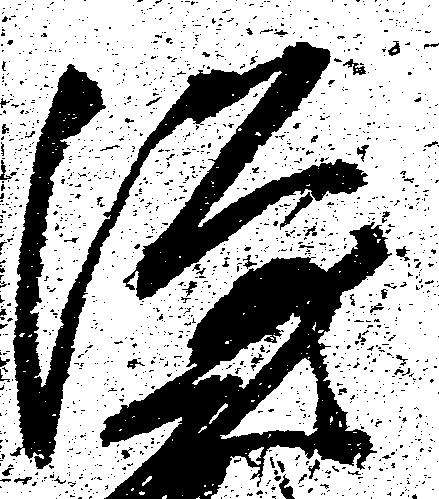
隆